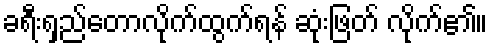
ခရီးရှည်တောလိုက်ထွက်ရန် ဆုံးဖြတ် လိုက်၏။